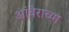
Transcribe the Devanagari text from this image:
आंबेराच्या